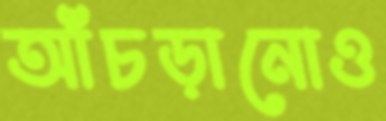
আঁচড়ানোও